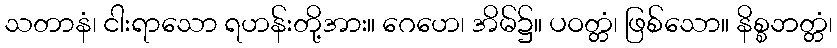
သတာနံ၊ ငါးရာသော ရဟန်းတို့အား။ ဂေဟေ၊ အိမ်၌။ ပဝတ္တံ၊ ဖြစ်သော။ နိစ္စဘတ္တံ၊